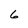
Character: 6